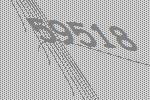
59518